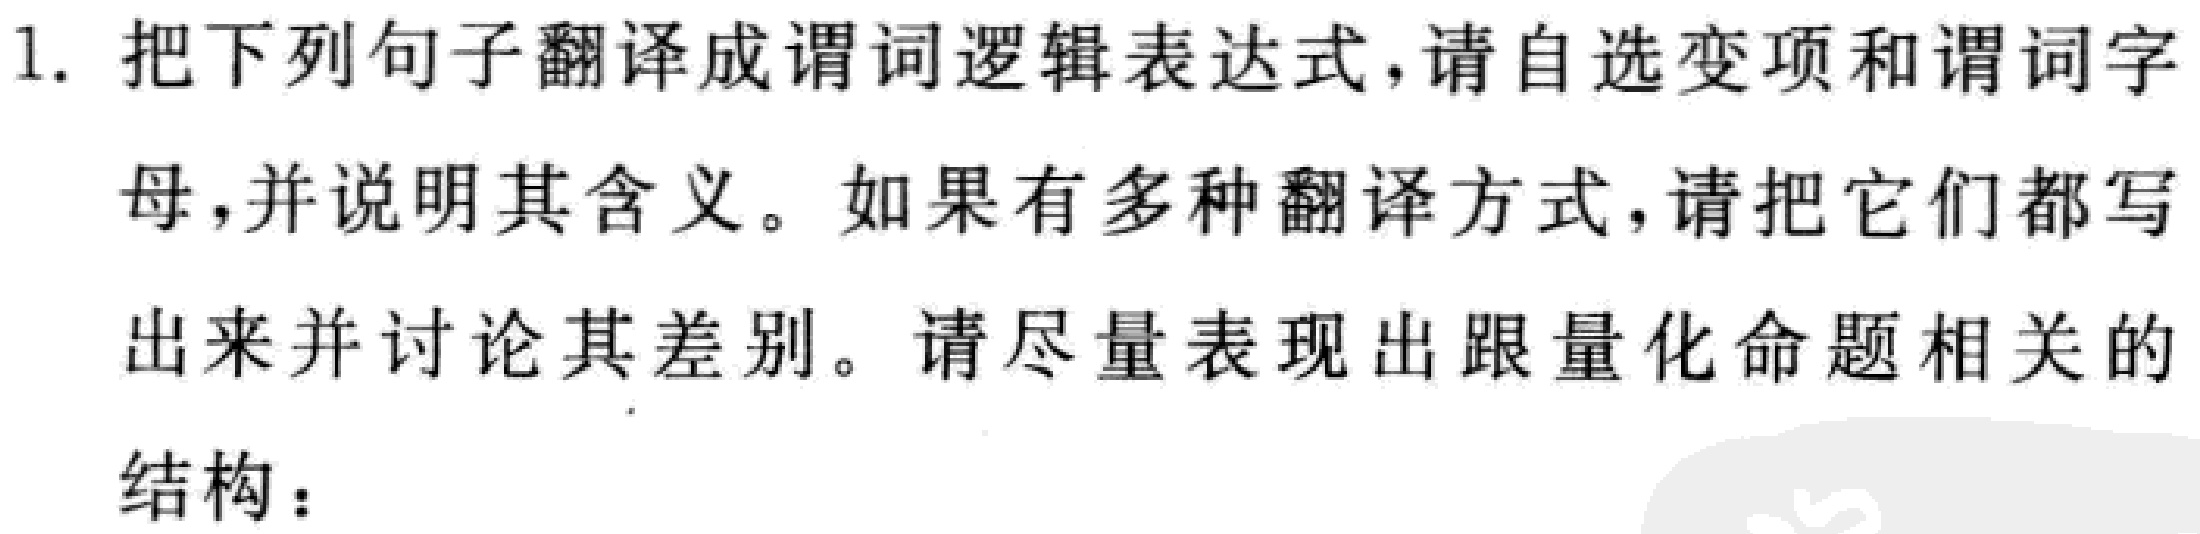
1. 把下列句子翻译成谓词逻辑表达式，请自选变项和谓词字母，并说明其含义。如果有多种翻译方式，请把它们都写出来并讨论其差别。请尽量表现出跟量化命题相关的结构：